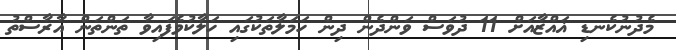
މެދުނުކެނޑި ޣައްޒާއަށް 11 ދުވަސް ވަންދެން ދިން ހަމަލާތަކުގައި ހަލާކުވެފައިވާ ތަންތަން އާރާސްތު